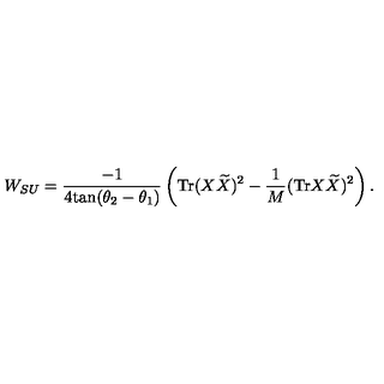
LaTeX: W _ { S U } = \frac { - 1 } { 4 \mathrm { t a n } ( \theta _ { 2 } - \theta _ { 1 } ) } \left( \mathrm { T r } ( X { \widetilde X } ) ^ { 2 } - \frac { 1 } { M } ( \mathrm { T r } X { \widetilde X } ) ^ { 2 } \right) .